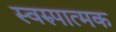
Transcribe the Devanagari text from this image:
स्वरुपात्मक